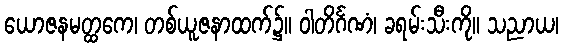
ယောဇနမတ္ထကေ၊ တစ်ယူဇနာထက်၌။ ဝါတိင်္ဂဏံ၊ ခရမ်းသီးကို။ သညာယ၊